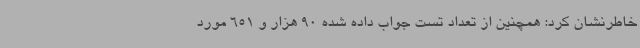
خاطرنشان کرد: همچنین از تعداد تست جواب داده شده 90 هزار و 651 مورد